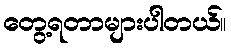
တွေ့ရတာများပါတယ်။